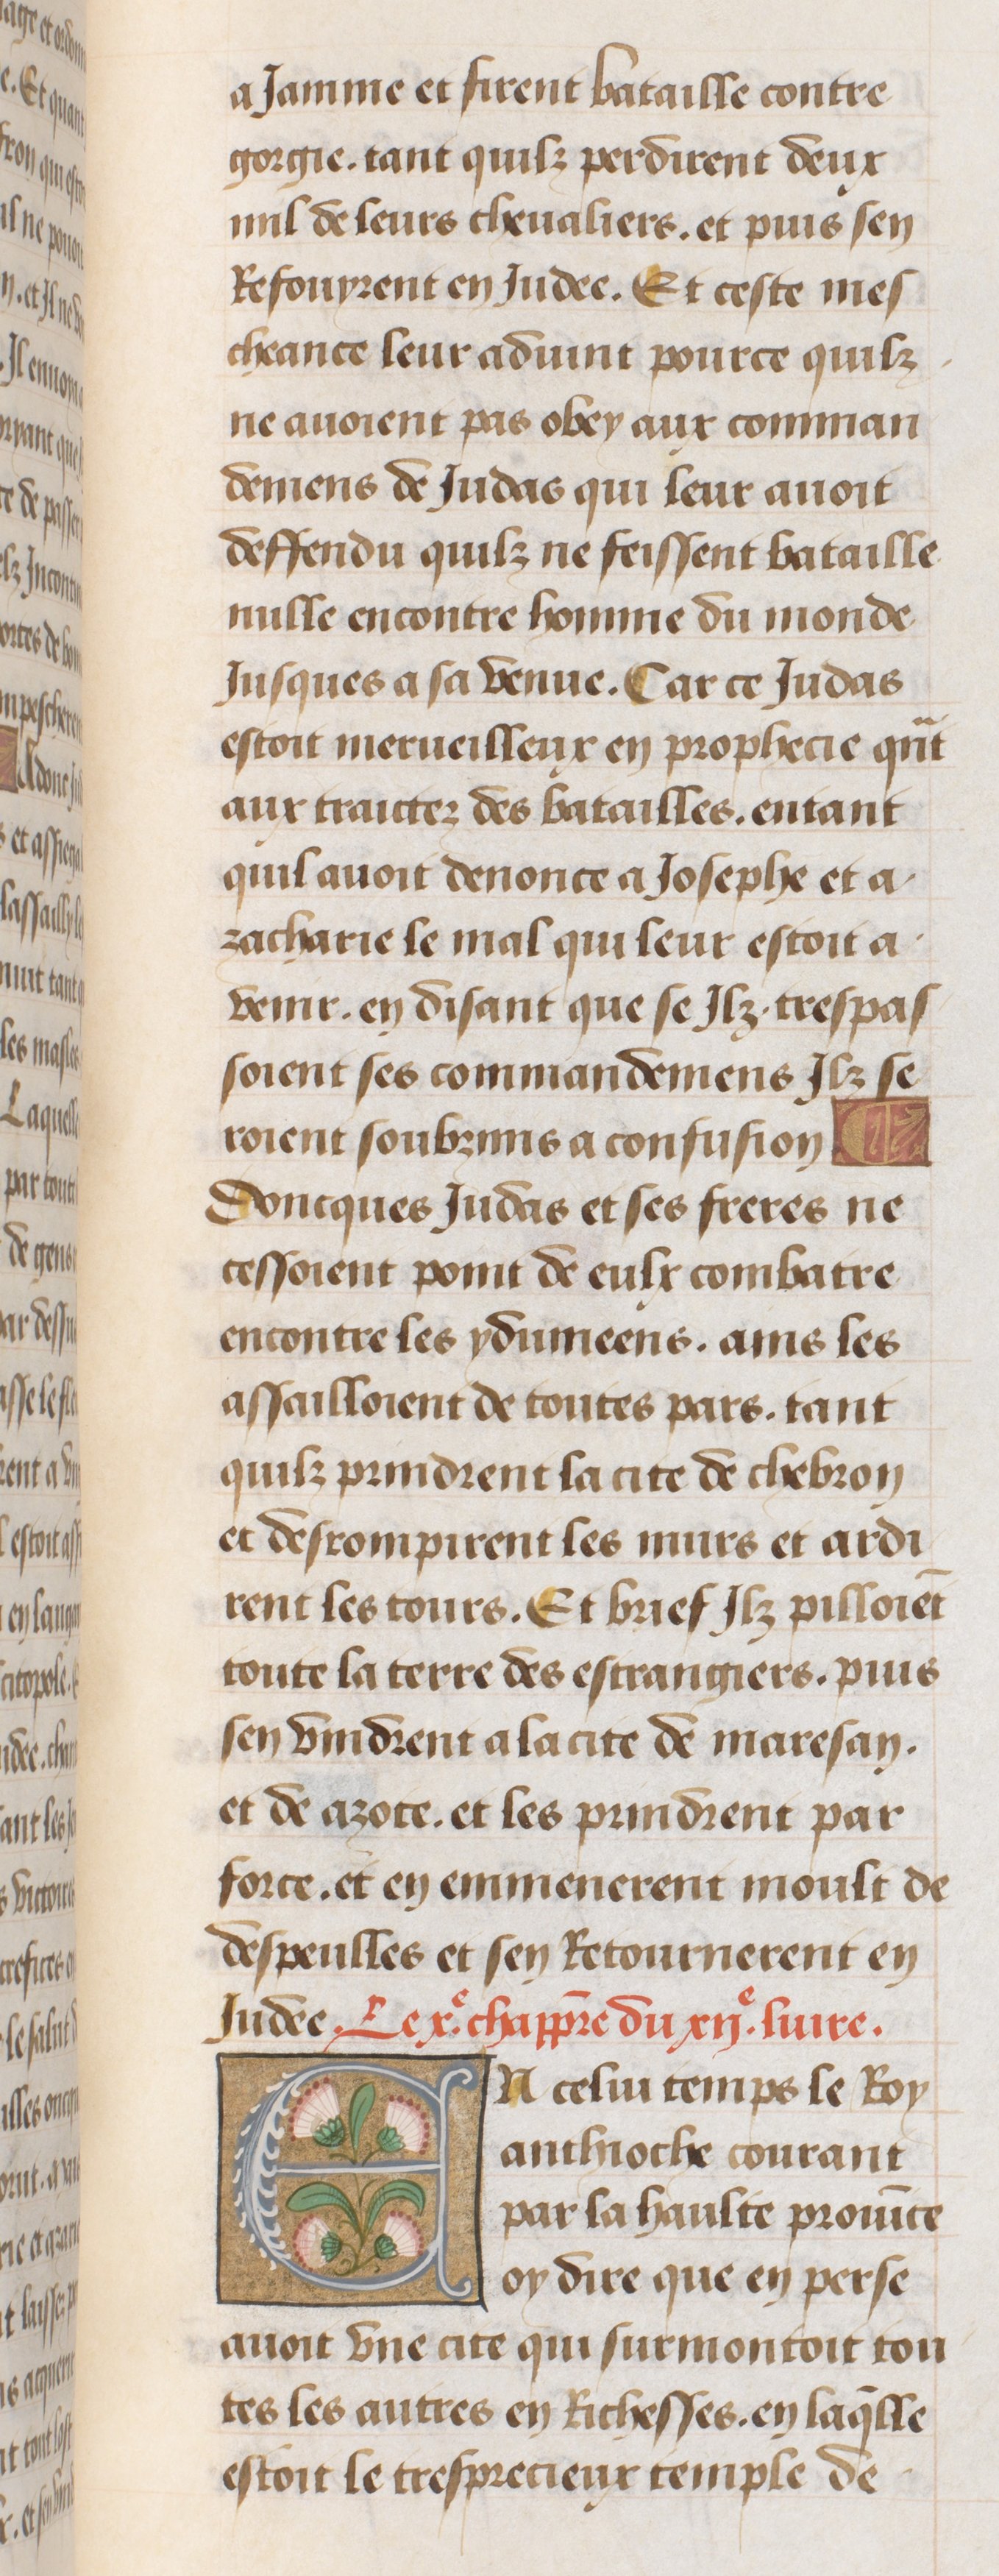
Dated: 1470–1499